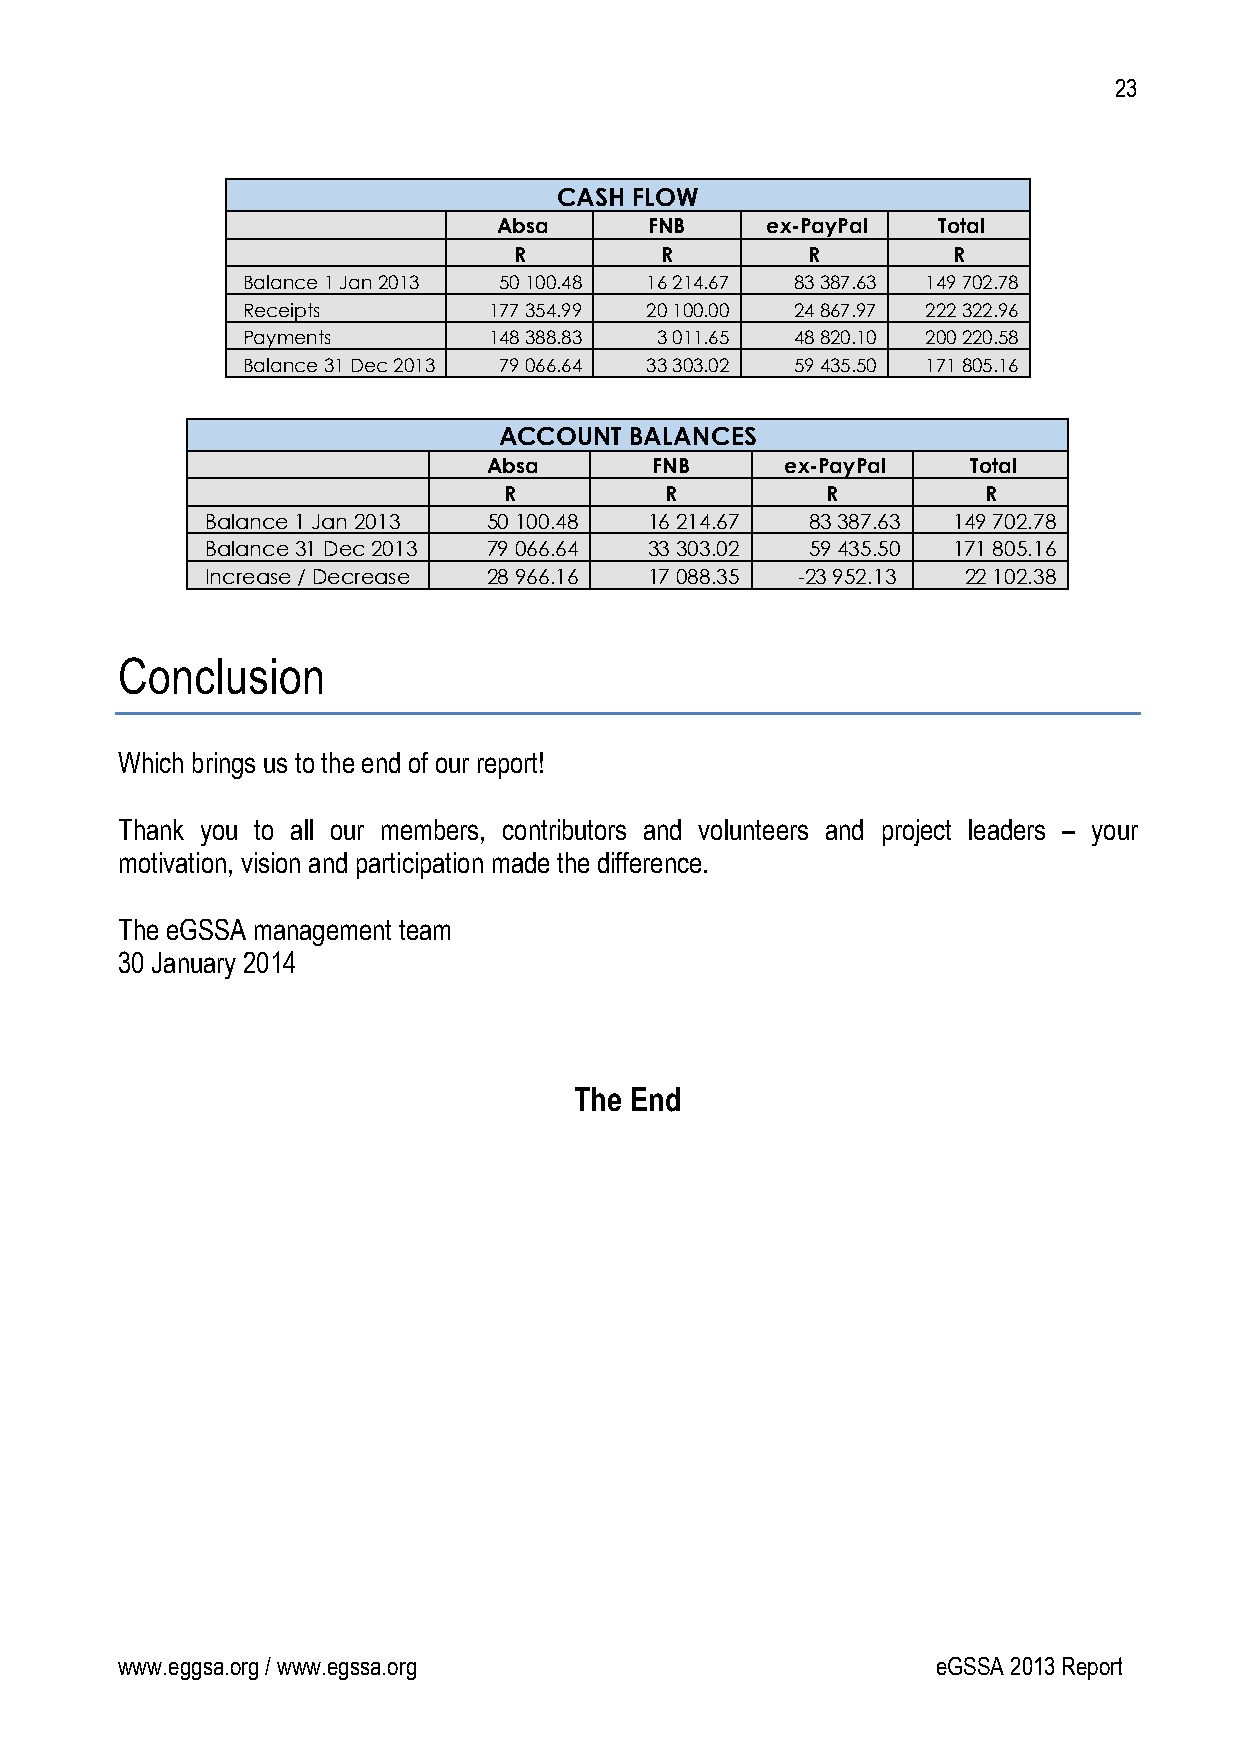
23
 CASH FLOW
 Absa      FNB     ex-PayPal  Total
 R         R        R         R
 Balance 1 Jan 2013 50 100.48 16 214.67 83 387.63 149 702.78
 Receipts        177 354.99 20 100.00 24 867.97 222 322.96
 Payments        148 388.83 3 011.65  48 820.10 200 220.58
 Balance 31 Dec 2013 79 066.64 33 303.02 59 435.50 171 805.16
 ACCOUNT  BALANCES
 Absa       FNB      ex-PayPal   Total
 R          R          R         R
 Balance 1 Jan 2013 50 100.48 16 214.67  83 387.63 149 702.78
 Balance 31 Dec 2013 79 066.64 33 303.02 59 435.50 171 805.16
 Increase / Decrease 28 966.16 17 088.35 -23 952.13 22 102.38
 Conclusion
 Which brings us to the end of our report!
 Thank you to all our members, contributors and volunteers and project leaders – your
 motivation, vision and participation made the difference.
 The eGSSA management team
 30 January 2014
 The End
 www.eggsa.org / www.egssa.org                         eGSSA 2013 Report